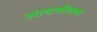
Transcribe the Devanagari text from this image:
आयजीएफ